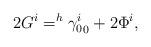
LaTeX: \begin{align*}2G^i = ^{h}{\gamma_{0}^{i}}_0 + 2\Phi^i,\end{align*}